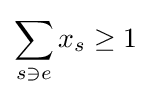
\sum _{s\ni e}x_{s}\geq 1